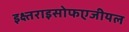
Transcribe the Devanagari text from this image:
इक्ष्तराइसोफएजीयल